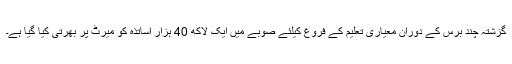
گزشتہ چند برس کے دوران معیاری تعلیم کے فروغ کیلئے صوبے میں ایک لاکھ 40 ہزار اساتذہ کو میرٹ پر بھرتی کیا گیا ہے۔